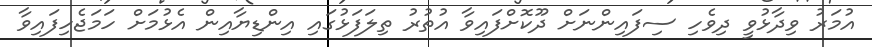
އުމަރު ވިދާޅުވީ ދިވެހި ސިފައިންނަށް ދޫކޮށްފައިވާ އުތުރު ތިލަފަޅުގައި އިންޑިޔާއިން އެޅުމަށް ހަމަޖެހިފައިވާ